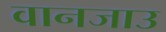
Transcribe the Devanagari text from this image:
वानजाउ